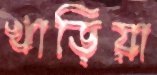
খাড়িয়া